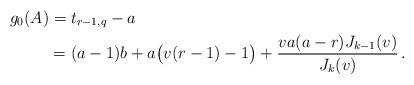
LaTeX: \begin{align*} g_0(A)&=t_{r-1,q}-a\\&=(a-1)b+a\bigl(v(r-1)-1\bigr)+\frac{v a(a-r)J_{k-1}(v)}{J_k(v)}\,. \end{align*}